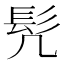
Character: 髠